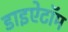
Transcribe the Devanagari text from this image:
डाइऐटॉम